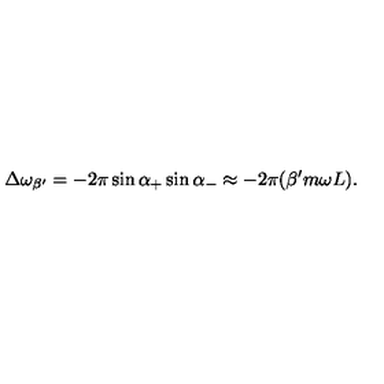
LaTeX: \Delta \omega _ { \beta ^ { \prime } } = - 2 \pi \sin \alpha _ { + } \sin \alpha _ { - } \approx - 2 \pi ( \beta ^ { \prime } m \omega L ) .